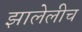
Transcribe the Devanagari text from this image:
झालेलीच